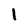
Character: l